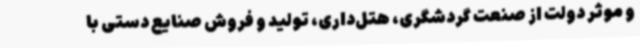
و موثر دولت از صنعت گردشگری، هتل‌داری، تولید و فروش صنایع دستی با